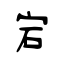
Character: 宕